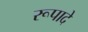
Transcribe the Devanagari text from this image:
रूपादे